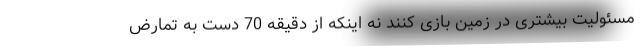
مسئولیت بیشتری در زمین بازی کنند نه اینکه از دقیقه 70 دست به تمارض